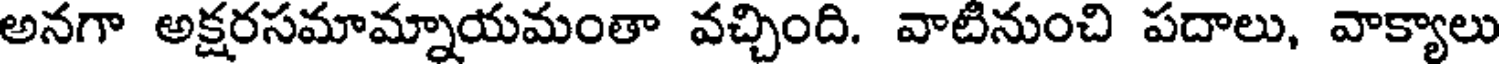
అనగా అక్షరసమామ్నాయమంతా వచ్చింది. వాటినుంచి పదాలు, వాక్యాలు